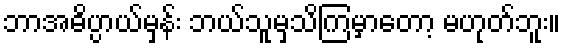
ဘာအဓိပ္ပာယ်မှန်း ဘယ်သူမှသိကြမှာတော့ မဟုတ်ဘူး။